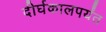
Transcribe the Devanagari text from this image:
दीर्घकालपर्यंत